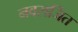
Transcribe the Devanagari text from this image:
नवसर्जित